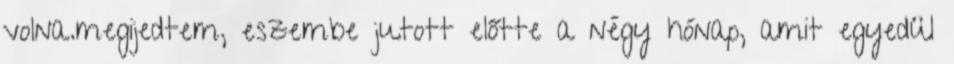
volna.megijedtem, eszembe jutott előtte a négy hónap, amit egyedül